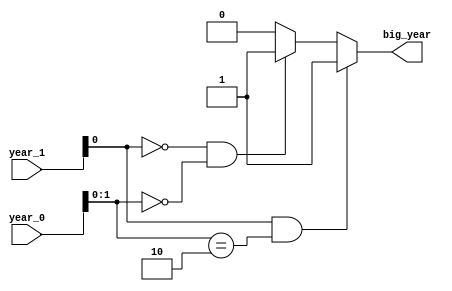
module big_year(
    input [3:0] year_0,
    input [3:0] year_1,
    output big_year
    );
    
reg big_year;

always @(year_0 or year_1)
begin
    if (year_1[0] && year_0[1:0] == 2'b10)
        big_year <= 1;
    else if (~year_1[0] && year_0[1:0] == 2'b00)
        big_year <= 1;
    else
        big_year <= 0;
end

endmodule